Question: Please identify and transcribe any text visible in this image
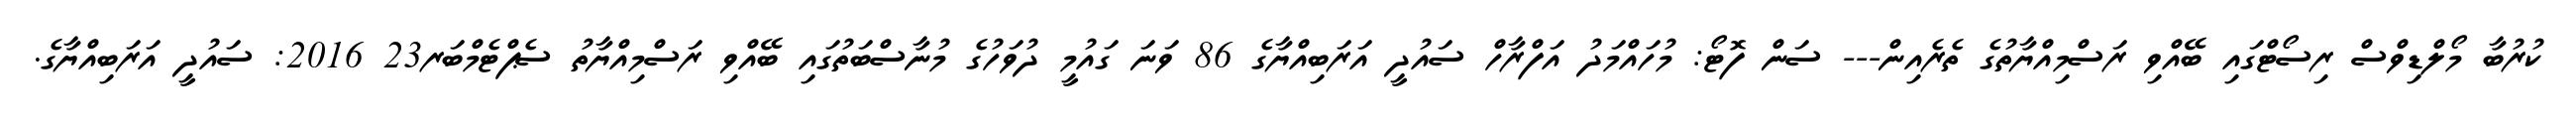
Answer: ކުރުބާ މޯލްޑިވްސް ރިސޯޓްގައި ބޭއްވި ރަސްމިއްޔާތުގެ ތެރެއިން--- ސަން ފޮޓޯ: މުހައްމަދު އަފްރާހް ސައުދީ އަރަބިއްޔާގެ 86 ވަނަ ގައުމީ ދުވަހުގެ މުނާސްބަތުގައި ބޭއްވި ރަސްމިއްޔާތު ސެޕްޓެމްބަރ23 2016: ސައުދީ އަރަބިއްޔާގެ.